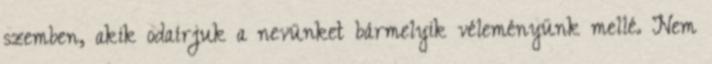
szemben, akik odaírjuk a nevünket bármelyik véleményünk mellé. Nem